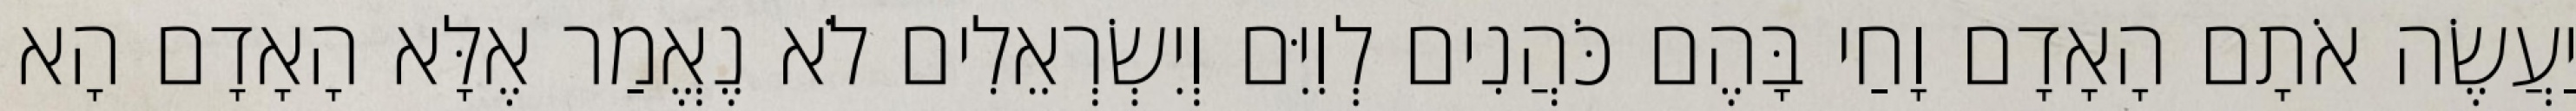
יַעֲשֶׂה אֹתָם הָאָדָם וָחַי בָּהֶם כֹּהֲנִים לְוִיִּם וְיִשְׂרְאֵלִים לֹא נֶאֱמַר אֶלָּא הָאָדָם הָא